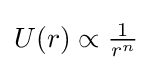
{\textstyle U(r)\propto {\frac {1}{r^{n}}}}